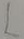
Text: L